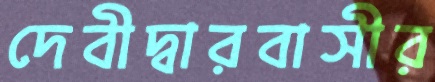
দেবীদ্বারবাসীর